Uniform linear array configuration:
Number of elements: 32
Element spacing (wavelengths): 0.25
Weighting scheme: uniform
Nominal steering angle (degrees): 30
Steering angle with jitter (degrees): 29.203
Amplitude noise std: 0.05
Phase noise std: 0.05

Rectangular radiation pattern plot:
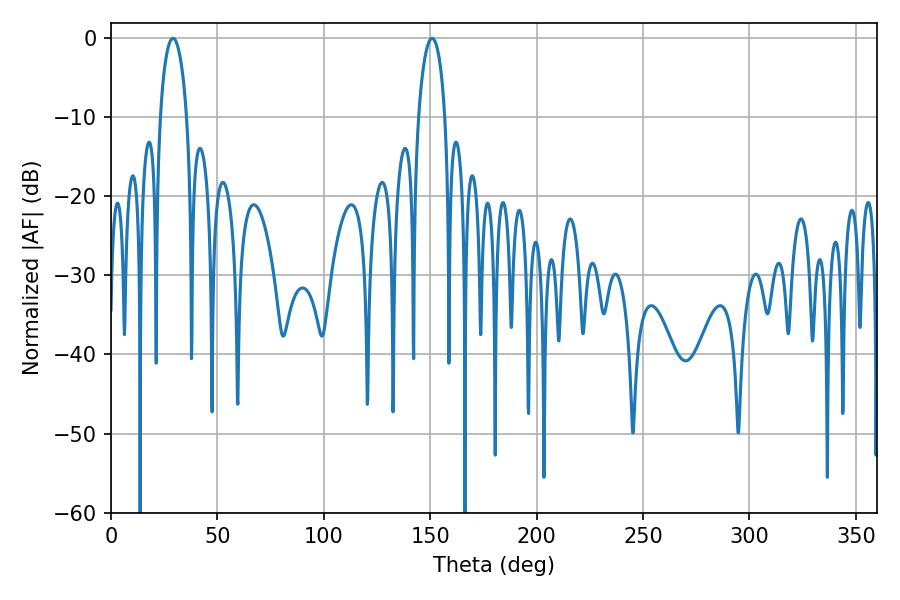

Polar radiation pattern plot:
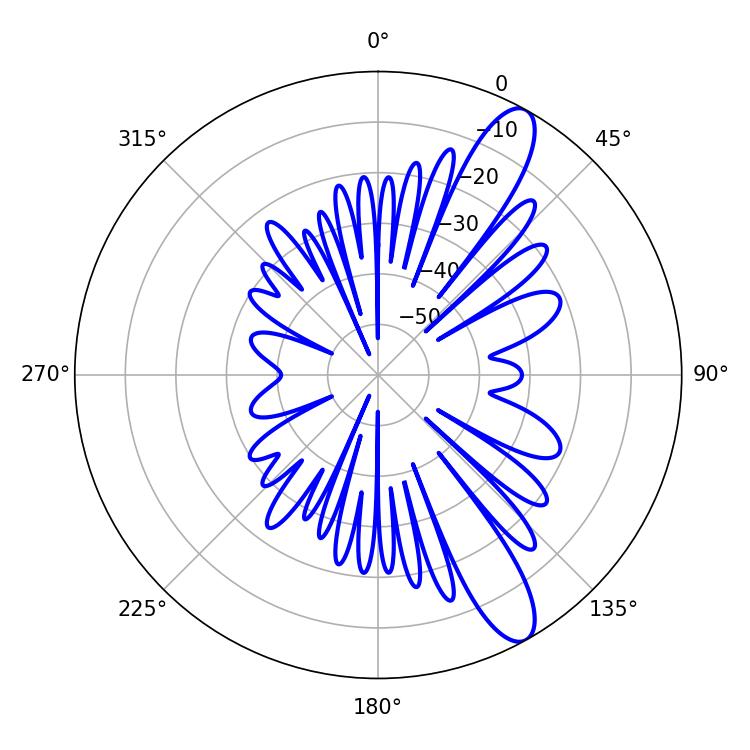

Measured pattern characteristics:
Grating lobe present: FALSE
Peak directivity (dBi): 11.621
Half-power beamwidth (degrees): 7.2
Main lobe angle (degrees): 29.16